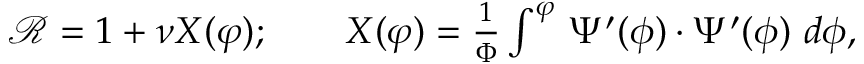
\begin{array} { r } { \mathcal { R } = 1 + \nu X ( \varphi ) ; \qquad X ( \varphi ) = \frac { 1 } { \Phi } \int ^ { \varphi } \, \Psi ^ { \prime } ( \phi ) \cdot \Psi ^ { \prime } ( \phi ) ~ d \phi , } \end{array}